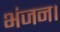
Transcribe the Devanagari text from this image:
भंजन।